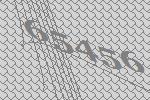
65456